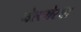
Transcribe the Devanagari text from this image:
नेल्लोरचा